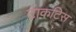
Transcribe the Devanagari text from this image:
टाकटिस